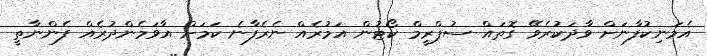
އެމަނިކުފާނަށް ވާދަކުރެވޭ ގޮތައް ސުޕްރީމް ކޯޓުން އަމުރެއް ނެރެފާނެ ކަމަށް އާވަމެންދުރެއް ފެންނާތީ